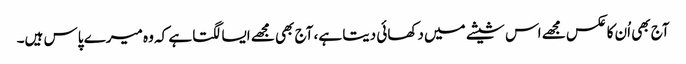
آج بھی اُن کا عکس مجھے اس شیشے میں دکھائی دیتا ہے، آج بھی مجھے ایسا لگتا ہے کہ وہ میرے پاس ہیں۔